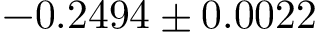
- 0 . 2 4 9 4 \pm 0 . 0 0 2 2